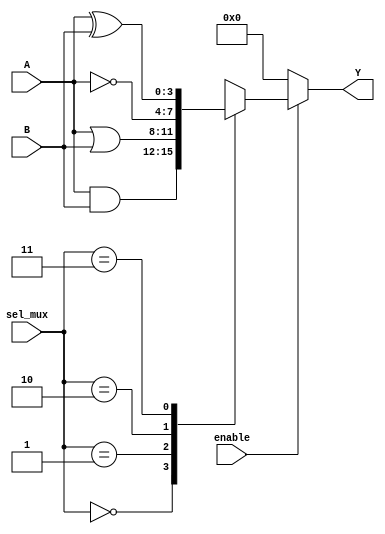
module CombinationalLogicBlock (
    input wire [3:0] A,        // 4-bit input signal A
    input wire [3:0] B,        // 4-bit input signal B
    input wire [1:0] sel_mux,   // Select signal for multiplexer
    input wire enable,          // Enable signal for the LAB
    output wire [3:0] Y        // 4-bit output signal Y
);

    wire [3:0] and_output;   // AND gate outputs
    wire [3:0] or_output;    // OR gate outputs
    wire [3:0] not_output;   // NOT gate outputs
    wire [3:0] xor_output;   // XOR gate outputs
    wire [3:0] mux_output;    // MUX output

    // Logic Gates
    assign and_output = A & B;   // AND operation
    assign or_output = A | B;    // OR operation
    assign not_output = ~A;       // NOT operation
    assign xor_output = A ^ B;    // XOR operation

    // Multiplexer to select between different logic outputs
    always @(*) begin
        case (sel_mux)
            2'b00: mux_output = and_output;
            2'b01: mux_output = or_output;
            2'b10: mux_output = not_output;
            2'b11: mux_output = xor_output;
            default: mux_output = 4'b0000; // Default case
        endcase
    end

    // Output logic with enable functionality
    assign Y = enable ? mux_output : 4'b0000; // Output depends on enable signal

endmodule